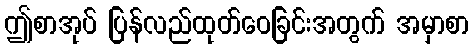
ဤစာအုပ် ပြန်လည်ထုတ်ဝေခြင်းအတွက် အမှာစာ